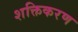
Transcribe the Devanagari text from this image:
शक्तिकरण